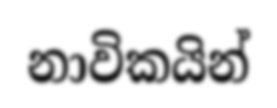
නාවිකයින්